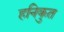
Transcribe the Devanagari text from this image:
हनिकुत